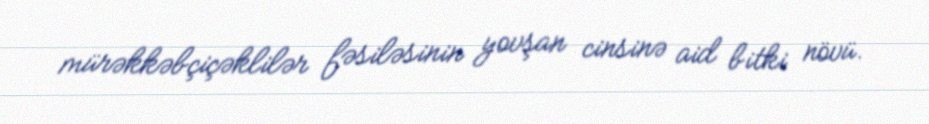
mürəkkəbçiçəklilər fəsiləsinin yovşan cinsinə aid bitki növü.